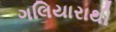
ગલિયારાથી